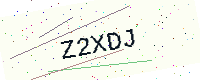
Text: Z2XDJ